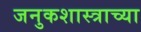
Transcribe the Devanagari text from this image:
जनुकशास्त्राच्या